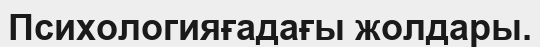
Психологияғадағы жолдары.